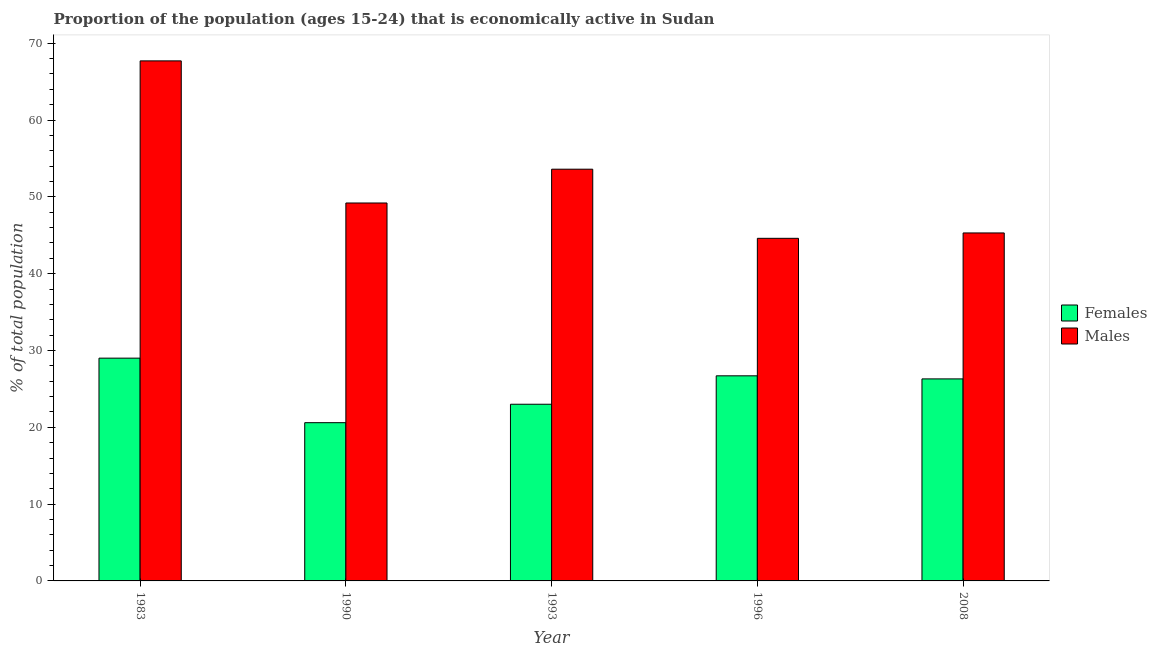
| Year | Females | Males |
 | --- | --- | --- |
 | 1983 | 29 | 67.7 |
 | 1990 | 20.6 | 49.2 |
 | 1993 | 23 | 53.6 |
 | 1996 | 26.7 | 44.6 |
 | 2008 | 26.3 | 45.3 |